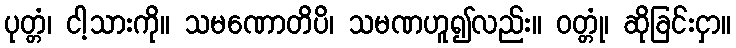
ပုတ္တံ၊ ငါ့သားကို။ သမဏောတိပိ၊ သမဏဟူ၍လည်း။ ဝတ္တုံ၊ ဆိုခြင်းငှာ။